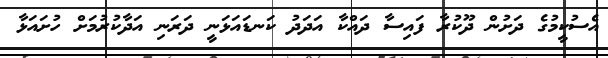
އެސުކީމުގެ ދަށުން ދޫކުރާ ފައިސާ ދައްކާ އަދަދު ކަނޑައަޅަނީ ދަރަނި އަދާކުރުމަށް ހުށައަޅާ